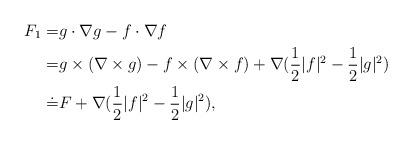
LaTeX: \begin{align*}F_1=& g\cdot\nabla g-f\cdot\nabla f\\=&g\times (\nabla\times g)-f\times (\nabla\times f)+\nabla (\frac{1}{2}|f|^2-\frac{1}{2}|g|^2)\\\doteq& F+\nabla (\frac{1}{2}|f|^2-\frac{1}{2}|g|^2),\end{align*}